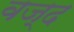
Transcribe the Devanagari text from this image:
वज्द